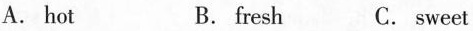
A. hot B. fresh C. sweet